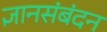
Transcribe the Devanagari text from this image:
ज्ञानसंबंदन